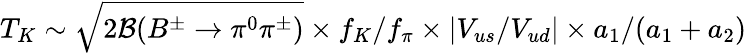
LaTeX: T_{K}\sim\sqrt{2{\cal B}(B^{\pm}\to\pi^{0}\pi^{\pm})}\times f_{K}/f_{\pi}\times|V_{us}/V_{ud}|\times a_{1}/(a_{1}+a_{2})